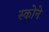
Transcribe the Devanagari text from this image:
स्कोने